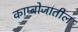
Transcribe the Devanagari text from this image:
काम्बोजातील